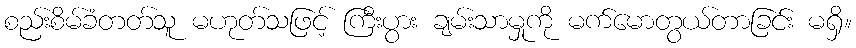
စည်းစိမ်ခံတတ်သူ မဟုတ်သဖြင့် ကြီးပွား ချမ်းသာမှုကို မက်မောတွယ်တာခြင်း မရှိ။